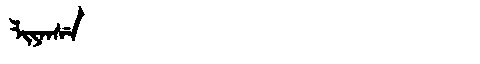
Manchu: ᠯᡳᠶᠠᠨᠰᡝ
Romanization: LIYANSE